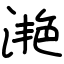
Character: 滟